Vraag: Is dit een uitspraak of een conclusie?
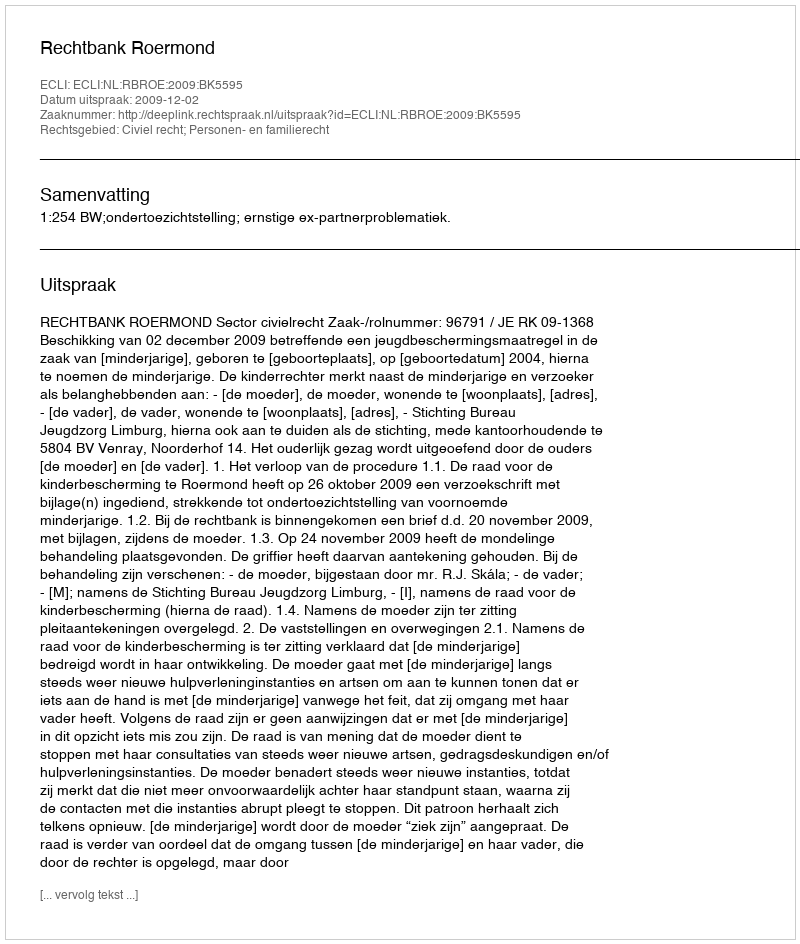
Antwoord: Uitspraak